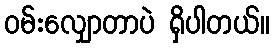
၀မ်းလျှောတာပဲ ရှိပါတယ်။